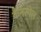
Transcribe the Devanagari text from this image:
कैनस्पेल